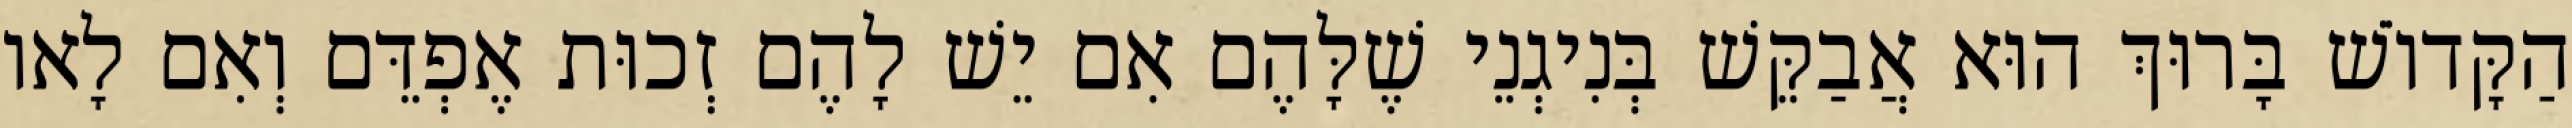
הַקָּדוֹשׁ בָּרוּךְ הוּא אֲבַקֵּשׁ בְּנִיגְנֵי שֶׁלָּהֶם אִם יֵשׁ לָהֶם זְכוּת אֶפְדֵּם וְאִם לָאו